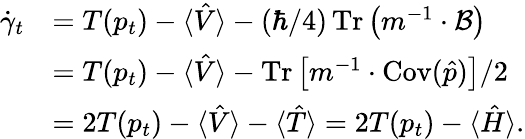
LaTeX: \begin{array}{rl}{\dot{\gamma}_{t}}&{=T(p_{t})-\langle\hat{V}\rangle-(\hbar/4)\operatorname{Tr}\left(m^{-1}\cdot\mathcal{B}\right)}\\ &{=T(p_{t})-\langle\hat{V}\rangle-\operatorname{Tr}\left[m^{-1}\cdot\operatorname{Cov}(\hat{p})\right]/2}\\ &{=2T(p_{t})-\langle\hat{V}\rangle-\langle\hat{T}\rangle=2T(p_{t})-\langle\hat{H}\rangle.}\end{array}